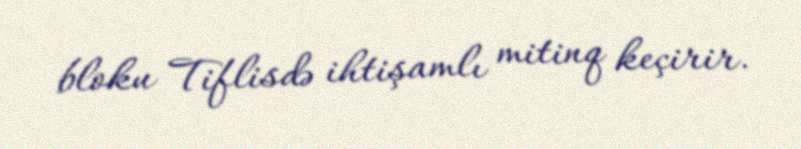
bloku Tiflisdə ihtişamlı mitinq keçirir.